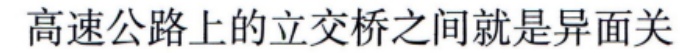
高速公路上的立交桥之间就是异面关